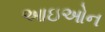
આઇઓન